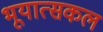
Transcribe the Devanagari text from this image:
भूयात्सकल